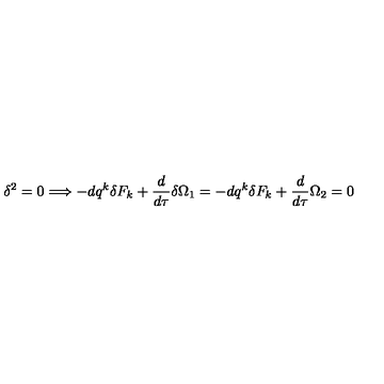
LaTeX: \delta ^ { 2 } = 0 \Longrightarrow - d q ^ { k } \delta F _ { k } + \frac { d } { d \tau } \delta \Omega _ { 1 } = - d q ^ { k } \delta F _ { k } + \frac { d } { d \tau } \Omega _ { 2 } = 0